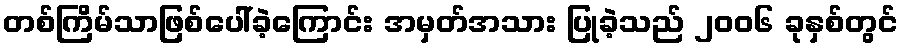
တစ်ကြိမ်သာဖြစ်ပေါ်ခဲ့ကြောင်း အမှတ်အသား ပြုခဲ့သည် ၂၀၀၆ ခုနှစ်တွင်